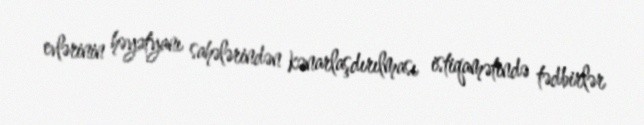
evlərinin həyətyanı sahələrindən kənarlaşdırılması istiqamətində tədbirlər